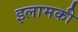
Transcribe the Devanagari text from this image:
इलामकी